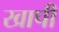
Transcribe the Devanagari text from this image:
खापी